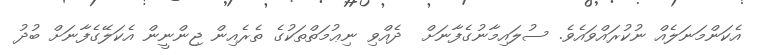
އެކަންމަނަލެއް ނުކުރައްވައެވެ. ސުލައިމާނުގެފާނަށް  ދެއްވި ނިޢުމަތްތަކުގެ ތެރެއިން ޖިންނީން އެކަލޭގެފާނަށް ބުދު